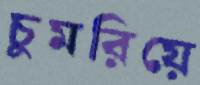
চুমরিয়ে